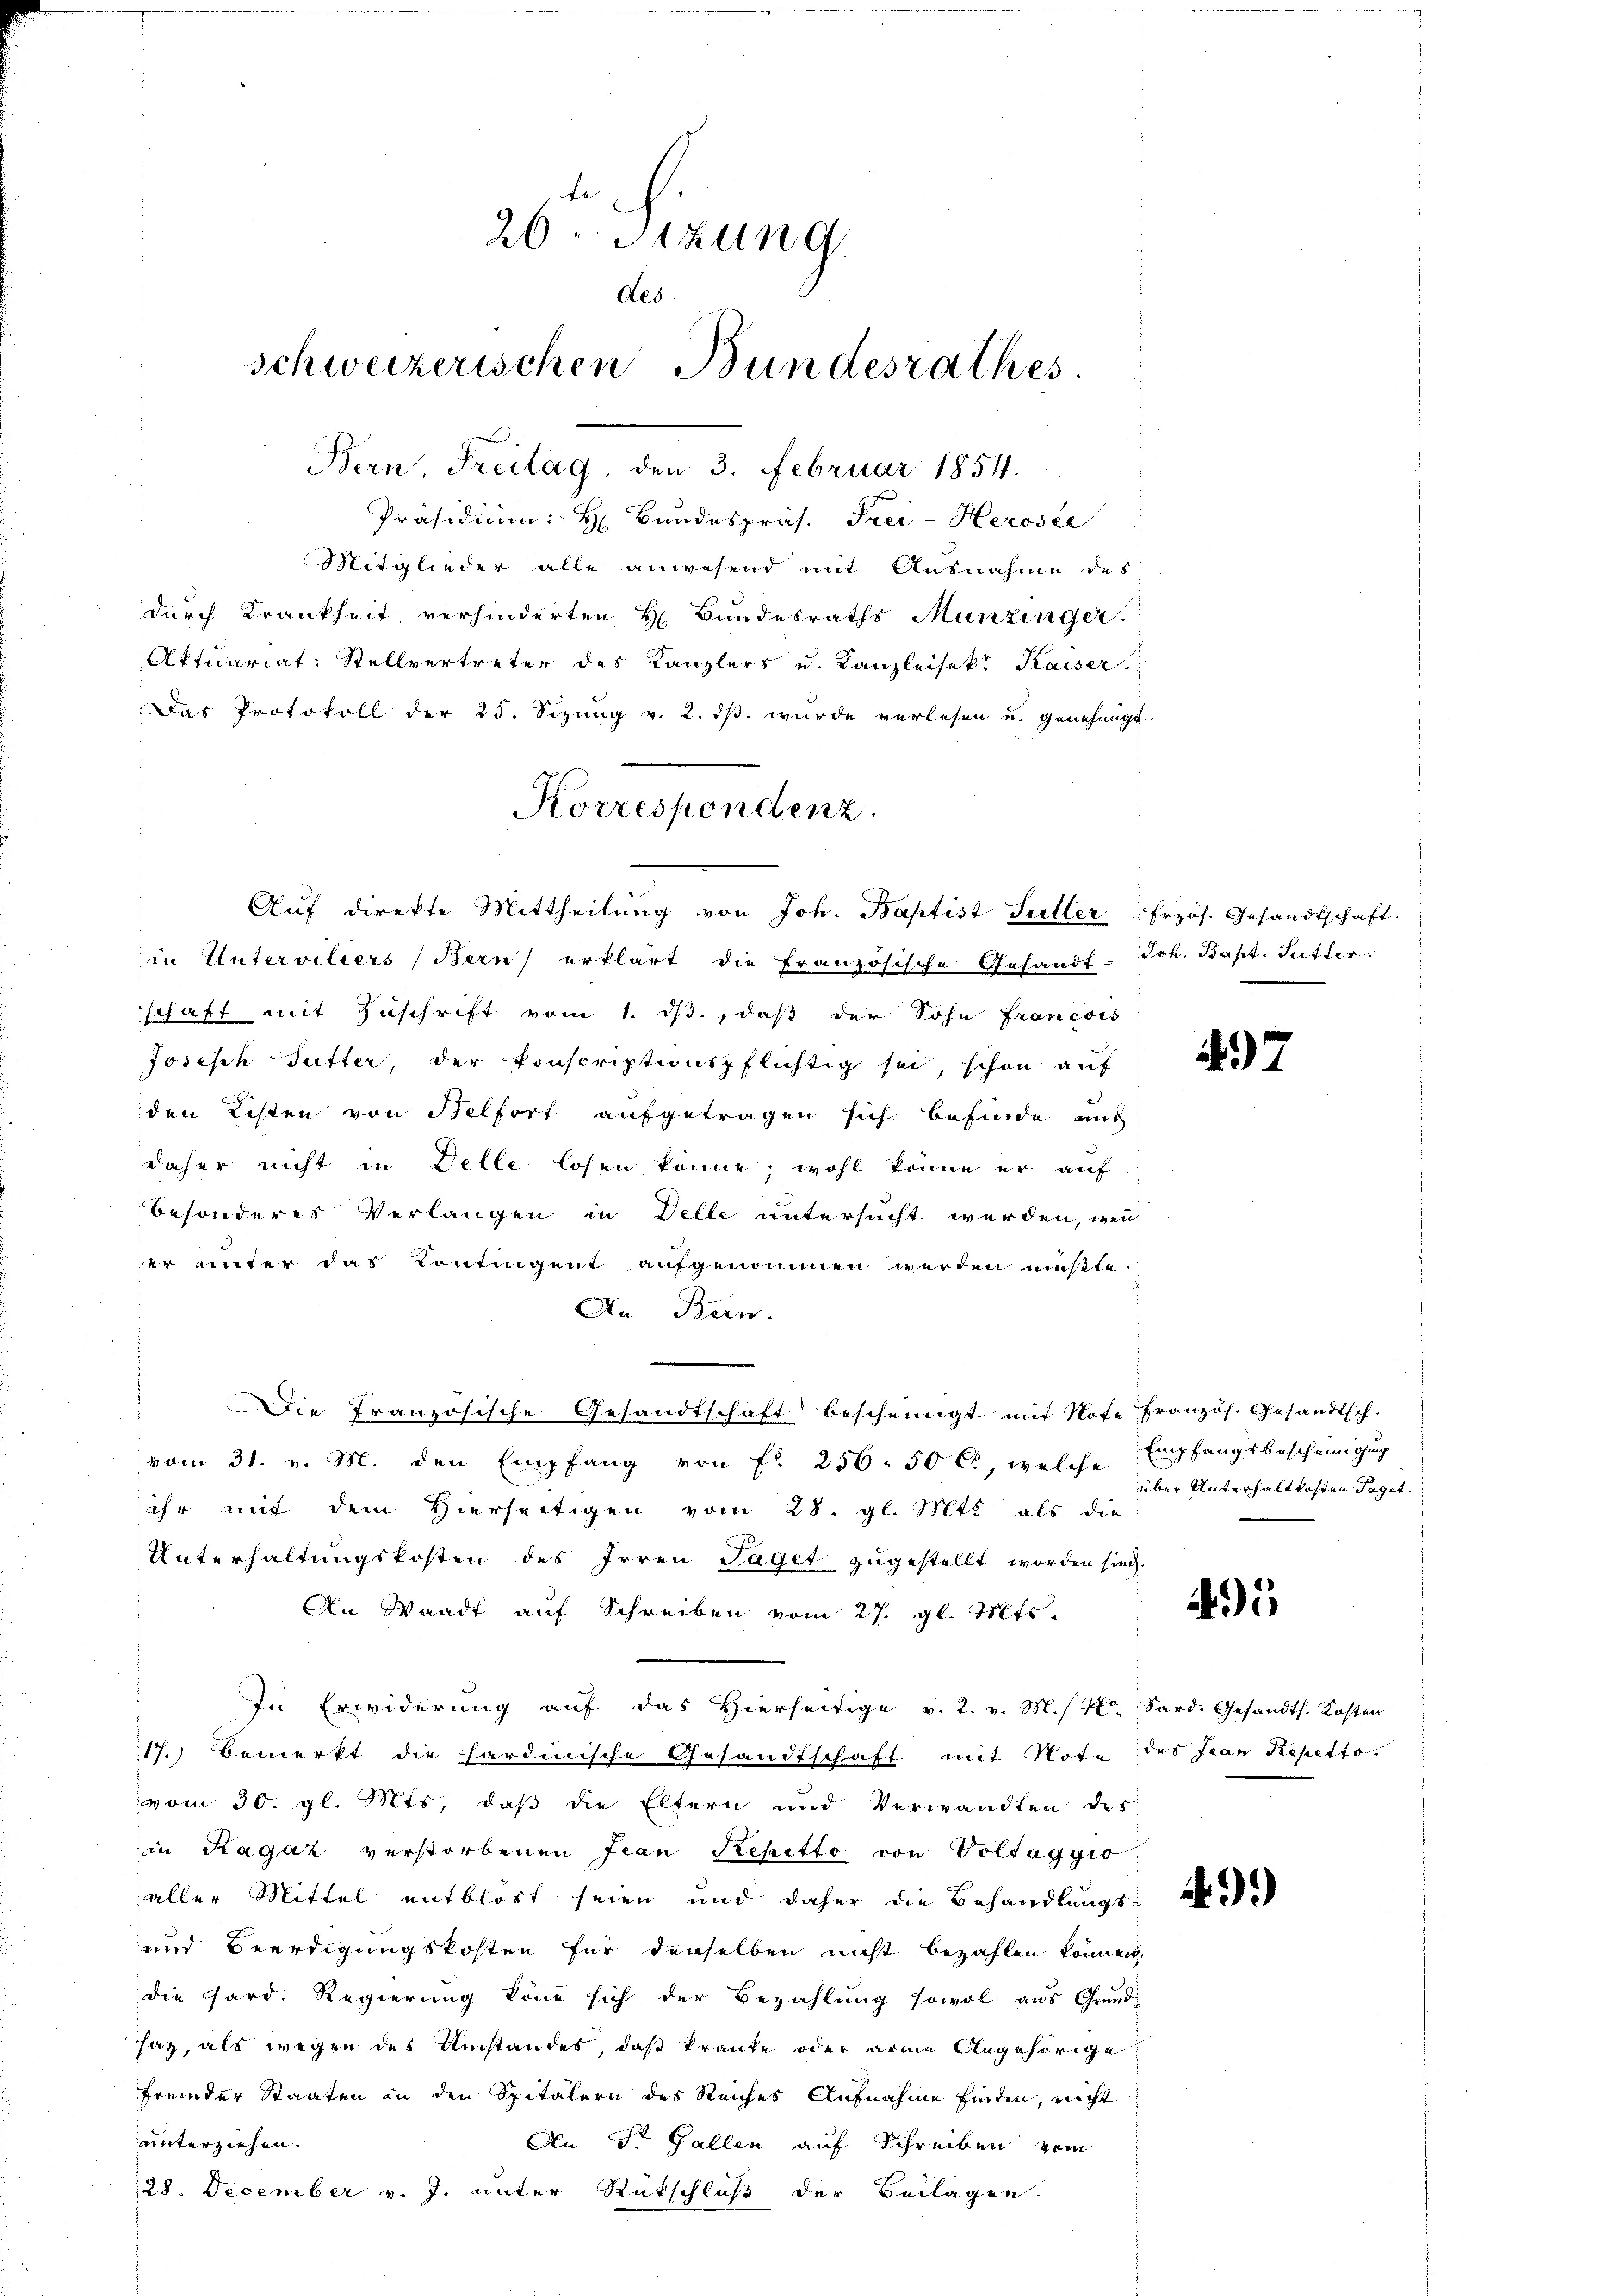
te
26 Stzung.
des
schweizerischen Bundesrathes.

Bern, Freitag, den 3. Februar 1854.
Präsidium: H Bundespräs. Frei-Herosee
Mitglieder alle anwesend mit Ausnahme des
durch Krankheit verhinderten H. Bundesraths Munzinger.
Aktuariat: Stellvertreter des Kanzlers u. Kanzleisekt Kaiser
Das Protokoll der 25. Sizung v. 2. ds. wurde verlesen u. genehmigt.
in Untervitiers (Bern erklärt die Französische Gesandt Joh. Bapt. Sutter
schaft mit Zuschrift vom 1. ds., daß der Sohn francois
Josisch Sutter, der konscriptionspflichtig sei, schon auf
den Resten von Belfort aufgetragen sich befinde und
daher nicht in Delle losen könne; wohl könne er auf
besonderes Verlangen in Delle untersucht werden, wenn
der unter das Kontingent aufgenommen werden müßte.
An Bern.
Die französische Gesandtschaft bescheinigt mit Note Französ. Gesandtsch.
vom 31. v. M. den Empfang von Fr. 256. 50 l., welche Empfangsbescheinigung
ihr mit dem Hierseitigen vom 28. gl. Mtt. als die
Unterhaltungskosten des Irren Taget zugestellt worden sie.
An Waadt auf Schreiben vom 27. gl. Mts.
In Erwiderung aŭf das hierseitige v. 2. v. M. Sard. Gesandts. Kosten
17. Bemerkt die hardinische Gesandtschaft mit Note des Jean Repetto.
vom 30. gl. Mts, daß die Eltern und Verwandten des
in Ragaz verstorbenen Jean Repetto von Voltaggio
aller Mittel entblöst seien und daher die Behandlŭngs-
und Beerdigungskosten für denselben nicht bezahlen können,
die Sard. Regierung könne sich der Bezahlung sowol aus Grund-
saz, als wegen des Umstandes, daß kranke oder arme Angehörige
fremder Staaten in den Spitalern des Reiches Aufnahme finden, nicht
unterziehen.
An St. Gallen auf Schreiben vom
28. December v. J. unter Rückschluß der Beilagen

Korrespondenz.
Aŭf direkte Mittheilung von Joh. Baptist Setter Frzös. Gesandtschaft.

497

über Unterhalt kosten Taget.

45